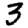
Digit: 3